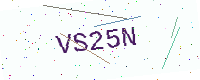
Text: VS25N